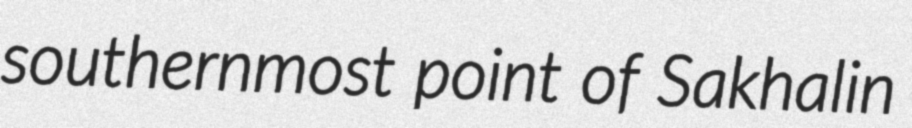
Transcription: southernmost point of Sakhalin